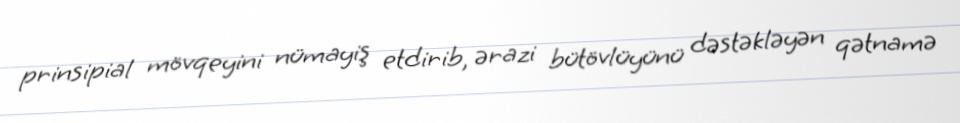
prinsipial mövqeyini nümayiş etdirib, ərazi bütövlüyünü dəstəkləyən qətnamə